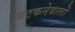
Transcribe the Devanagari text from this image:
भटकनेवालों